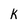
Character: K